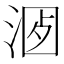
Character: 𣶡